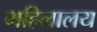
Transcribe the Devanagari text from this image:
महिलालय